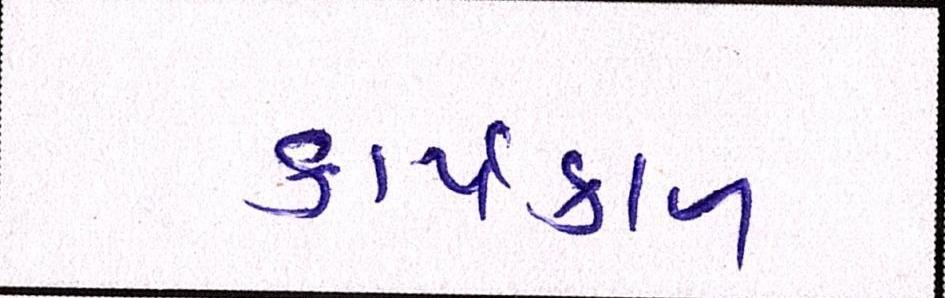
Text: કાર્યકાળ